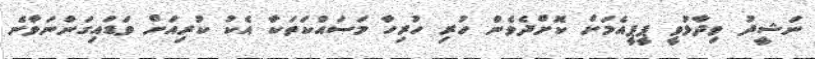
ނަޝީދު ވިދާޅުވީ ޕީޕީއެމަށް ކޮށްދެވެން ހުރި ހުރިހާ މަސައްކަތަކާ އެކު ކުރިއަށް ވަޑައިގަންނަވާނެ